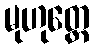
မုဟုတ္တေ